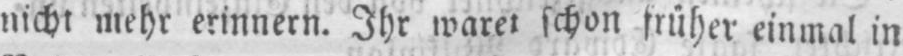
schon früher einmal in